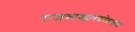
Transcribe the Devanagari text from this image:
राजव्यवहारकोशातील